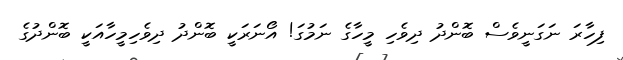
ފިހާރަ ނަގަނީވެސް ބޮންދު ދިވެހި މީހާގެ ނަމުގަ! އޯނަރަކީ ބޮންދު ދިވެހިމީހާއަކީ ބޮންދުގެ